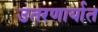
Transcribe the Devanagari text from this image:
उतरणार्यात